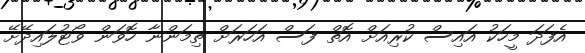
އެފަދަ މީހަކު އައިސް ކުރިއަށް އޮތް ފަސް އަހަރަށް ތިމަންނާ ހޮވަން ވޯޓުލައިދޭށޭ